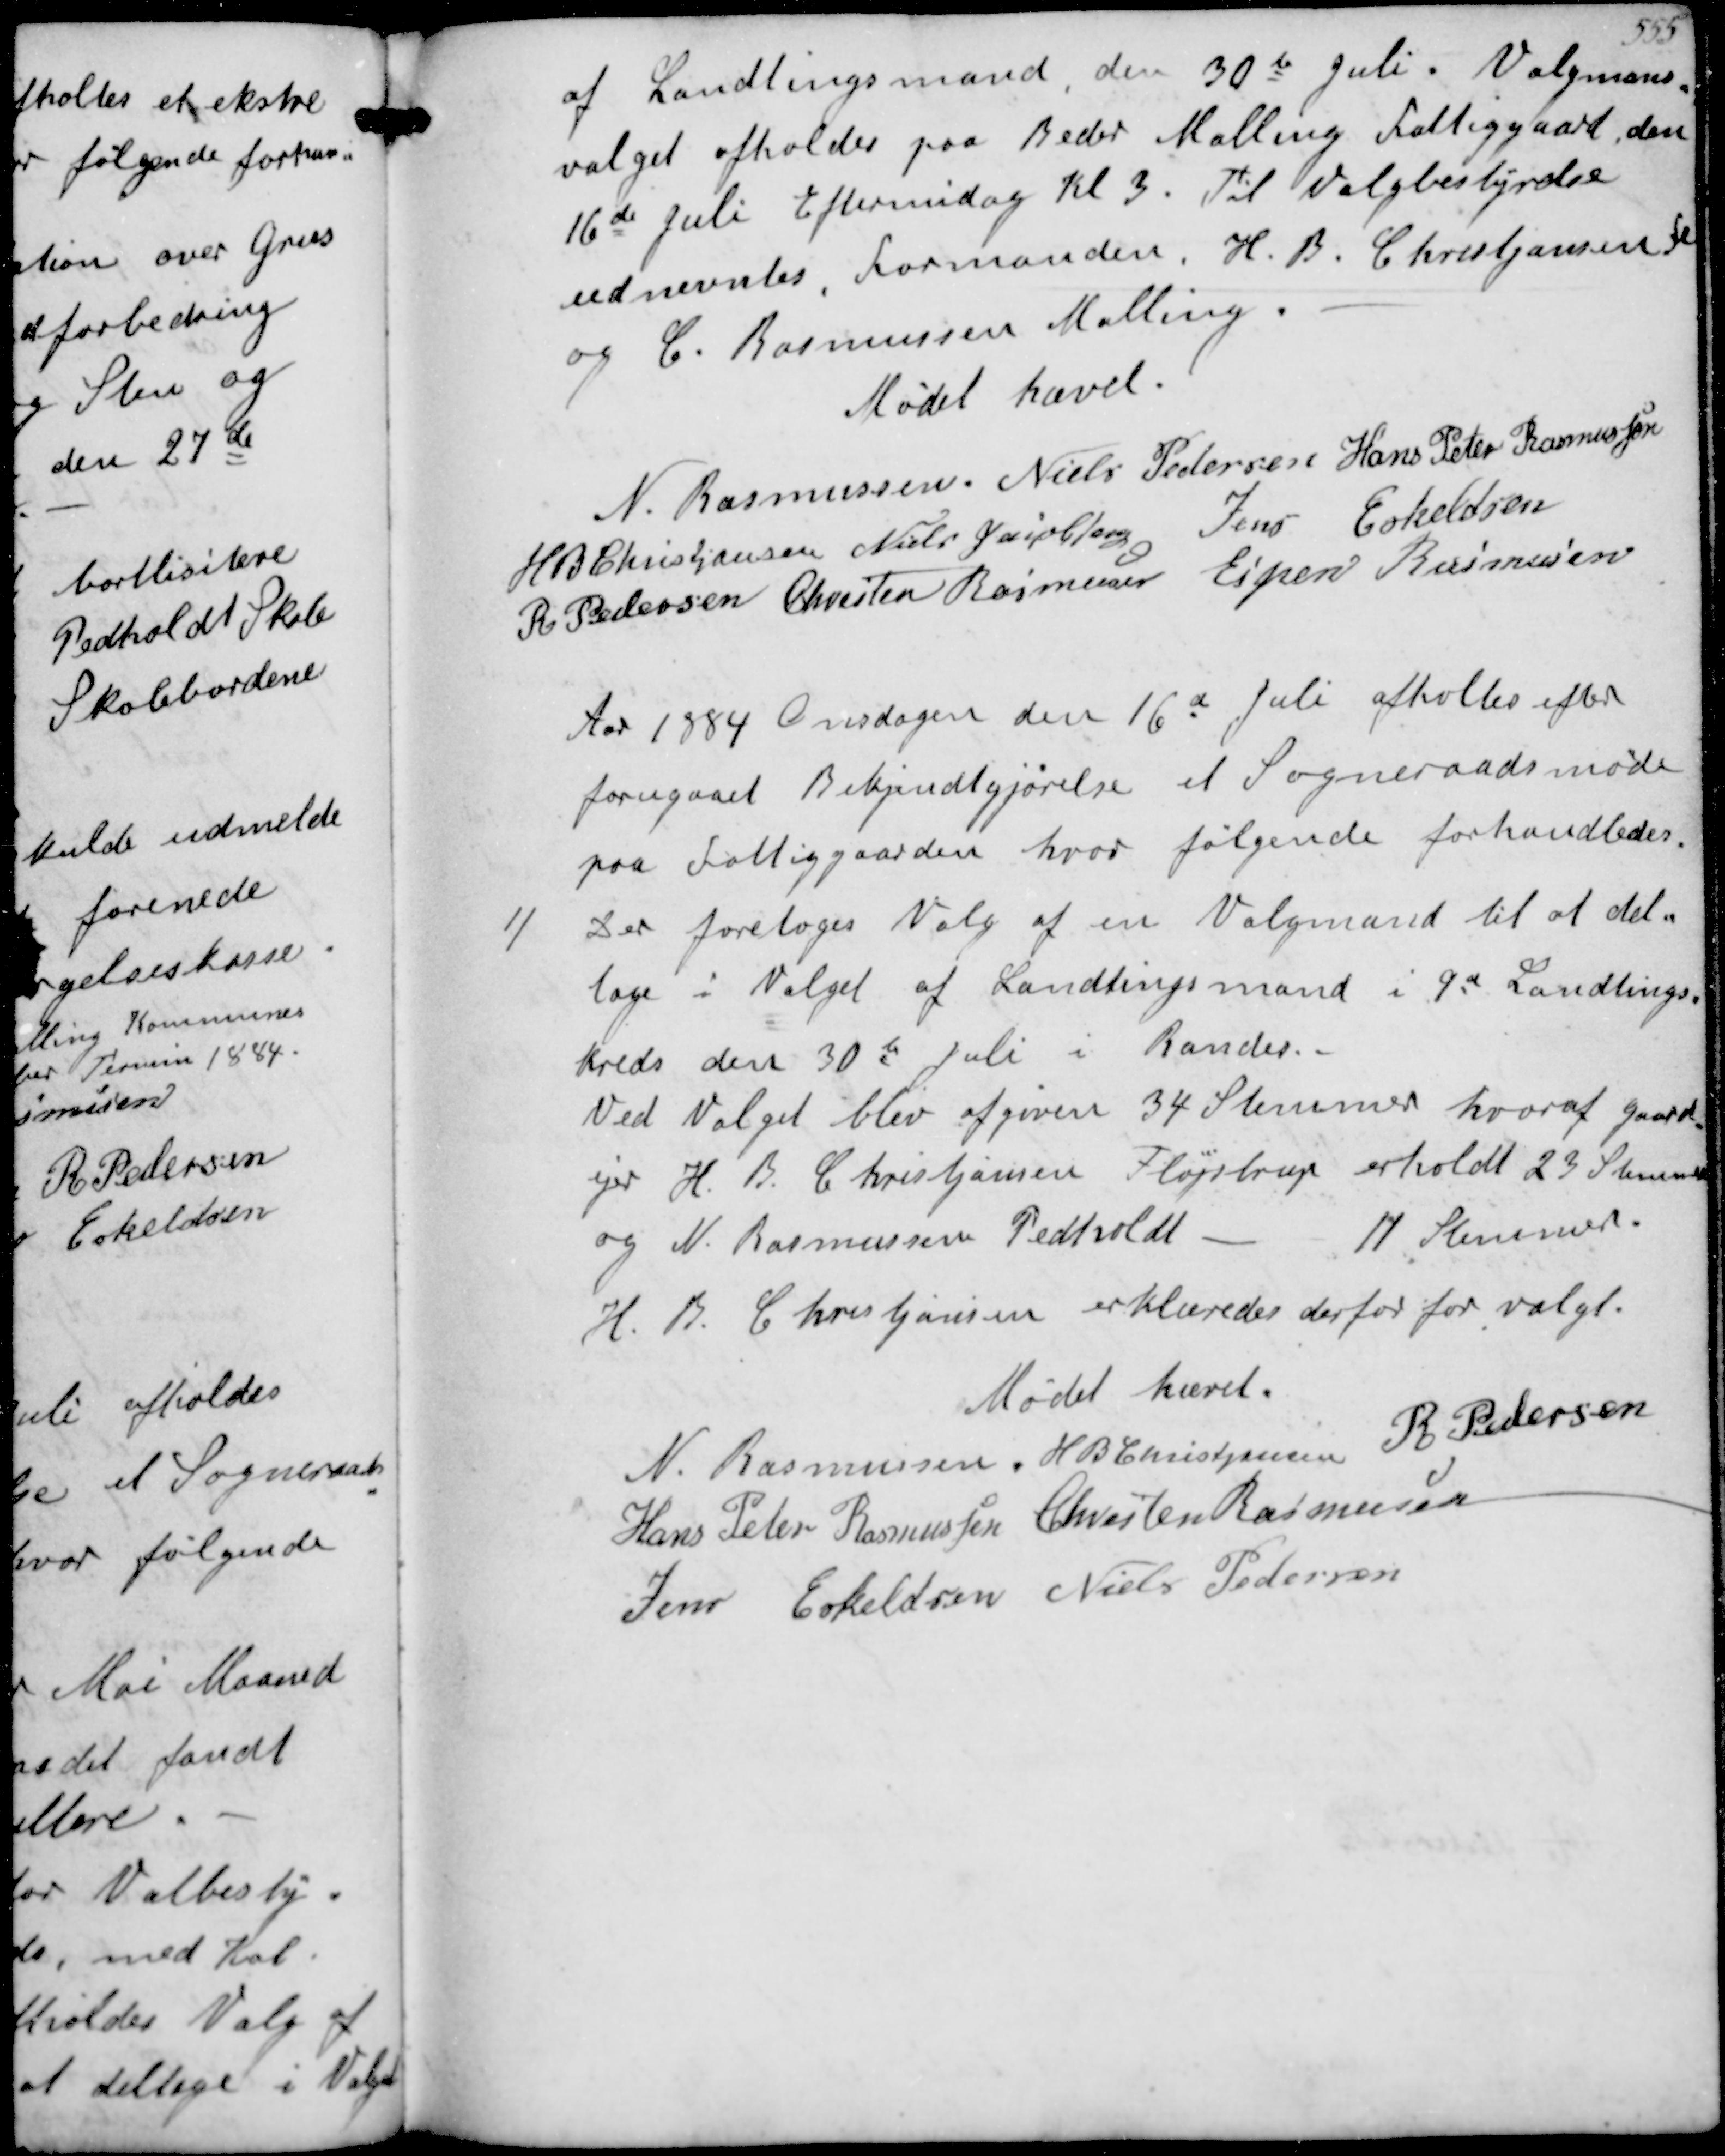
Transskription:
af Landstingsmand, den 30te Juli. Valgmans-
valget afholdes paa Beder Malling Fattiggaard, den
16de Juli Eftermiddag Kl. 3. Til Valgbestyrelse
udnevntes Formanden, H B Christjansen Fl
og C Rasmussen Malling
Mødet hævet
N Rasmussen
Niels Pedersen
Hans Peter Rasmussen
H B Christjansen
Niels Jacobsen
Jens Eskeldsen
R Pedersen
Chresten Rasmussen
Espen Rasmussen
Aar 1884 Onsdagen den 16d Juli afholtes efter
forugaaet Bekjendtgjørelse et Sogneraadsmøde
paa Fattiggaarden hvor følgende forhandledes
1/ 
Der foretoges Valg af en Valgmand til at del-
tage i Valget af Landtingsmand i 9d Landtings-
kreds den 30te Juli i Randes
Ved Valget blev afgiven 34 Stemmer hvoraf Gaard-
ejer H B Christjansen Fløjstrup erholdt 23 Stemmer
og N Rasmussen Pedholdt
11 Stemmer
H B Christjansen erklæredes derfor for valgt
Mødet hævet
N Rasmussen
H B Christjansen
R Pedersen
Hans Peter Rasmussen
Chresten Rasmussen
Jens Eskeldsen
Niels Pedersen